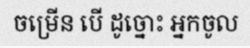
ចម្រើន បើ ដូច្នោះ អ្នកចូល